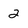
Character: 2